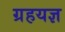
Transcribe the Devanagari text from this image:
ग्रहयज्ञ